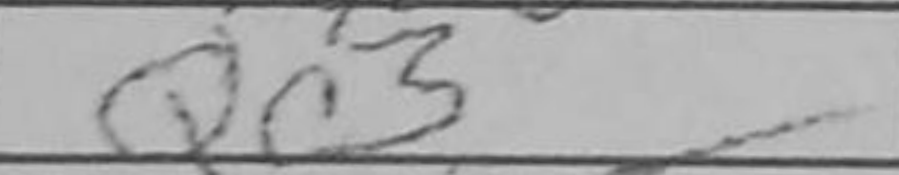
Transcription: Qc3